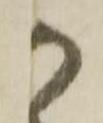
か